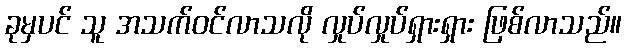
ခုမှပင် သူ အသက်ဝင်လာသလို လှုပ်လှုပ်ရှားရှား ဖြစ်လာသည်။